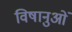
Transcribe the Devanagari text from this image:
विषानुओं